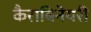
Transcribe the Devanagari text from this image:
कैराबिनेयरी